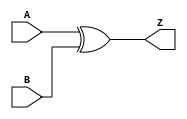
`timescale 1ns / 1ps
//////////////////////////////////////////////////////////////////////////////////
// Company: 
// Engineer: 
// 
// Design Name: 
// Module Name: GFADD
// Project Name: 
// Target Devices: 
// Tool Versions: 
// Description: 
// 
// Dependencies: 
// 
// Revision:
// Revision 0.01 - File Created
// Additional Comments:
// 
//////////////////////////////////////////////////////////////////////////////////


module GFADD(
    input [2:0] A,
    input [2:0] B,
    output [2:0] Z
    );
    assign Z = A ^ B;
endmodule